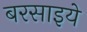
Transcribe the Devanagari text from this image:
बरसाइये